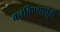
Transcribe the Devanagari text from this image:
बनविण्यापूर्वी